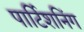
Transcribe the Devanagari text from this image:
पार्टिशनिंग